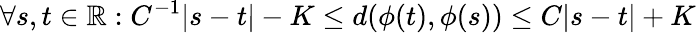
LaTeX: \forall s,t\in\mathbb{R}:C^{-1}|s-t|-K\leq d(\phi(t),\phi(s))\leq C|s-t|+K